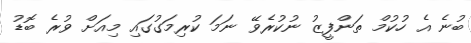
ބުނެ އެ ހުކުމް ތަންފީޒު ނުކުރެވޭ ނަމަ ކުރިމަގުގައި މިއަށް ވުރެ ބޮޑު